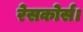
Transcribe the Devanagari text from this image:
रेसकोर्स।